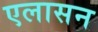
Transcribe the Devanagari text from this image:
एलासन